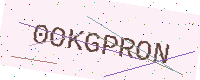
Text: 0OKGPRON